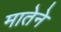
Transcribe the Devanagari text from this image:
मातेने